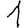
Digit: 1